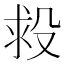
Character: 𣪋